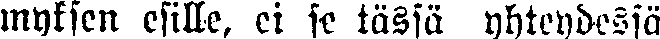
myksen esille, ei se tässä yhteydessä